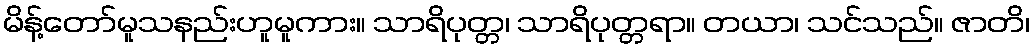
မိန့်တော်မူသနည်းဟူမူကား။ သာရိပုတ္တ၊ သာရိပုတ္တရာ။ တယာ၊ သင်သည်။ ဇာတိ၊